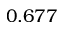
0 . 6 7 7